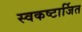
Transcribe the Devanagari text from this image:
स्वकष्टार्जित